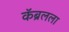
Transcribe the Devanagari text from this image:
कॅब्रलला